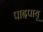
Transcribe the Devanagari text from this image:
पादपायू